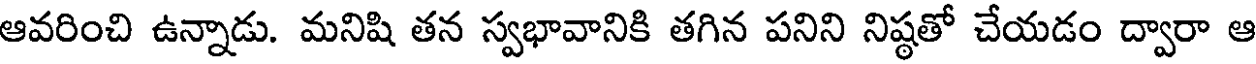
ఆవరించి ఉన్నాడు. మనిషి తన స్వభావానికి తగిన పనిని నిష్ఠతో చేయడం ద్వారా ఆ